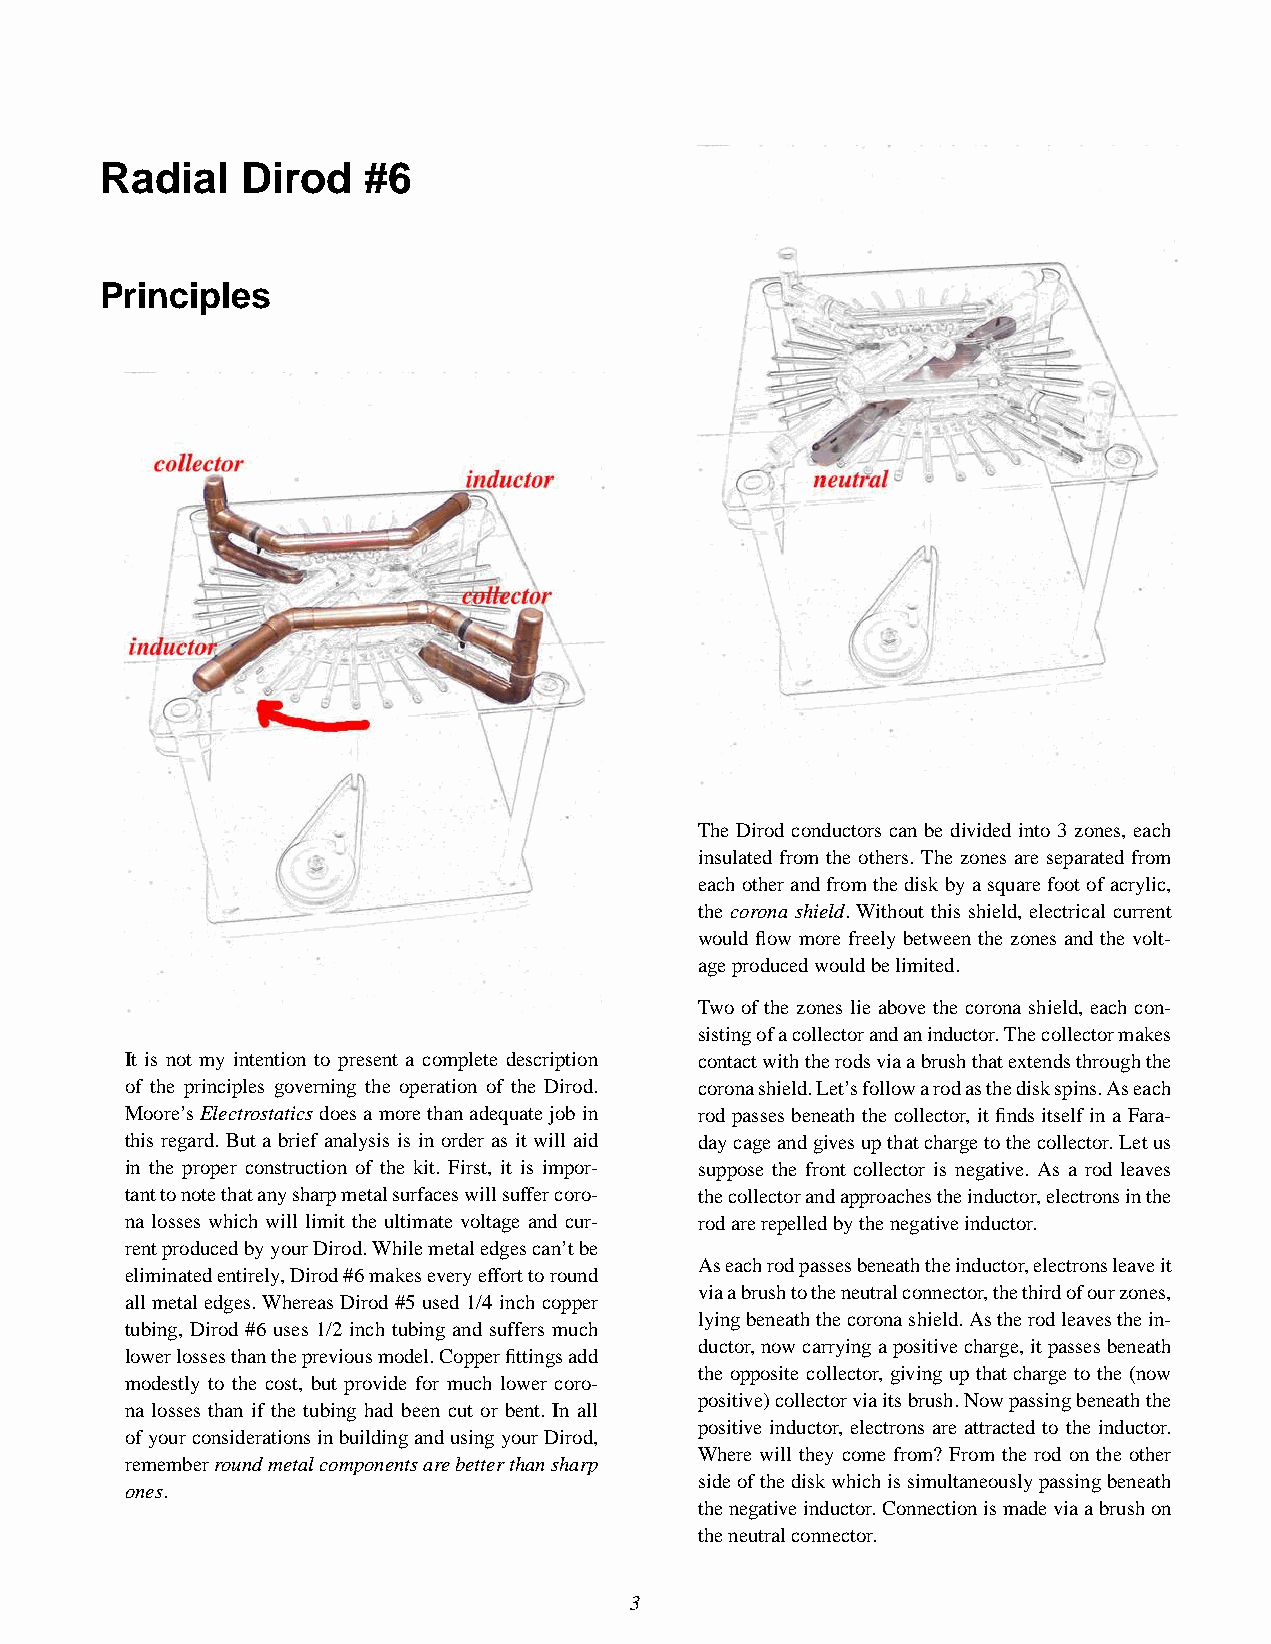
Radial   Dirod   #6
 Principles
 The Dirod conductors can be divided into 3 zones, each
 insulated from the others. The zones are separated from
 eachotherandfromthediskbyasquarefootofacrylic,
 the corona shield. Without this shield, electrical current
 would flow more freely between the zones and the volt-
 ageproducedwouldbelimited.
 Two of the zones lie above the corona shield, each con-
 sistingofacollectorandaninductor.Thecollectormakes
 It is not my intention to present a complete description contactwiththerodsviaabrushthatextendsthroughthe
 of the principles governing the operation of the Dirod. coronashield.Let’sfollowarodasthediskspins.Aseach
 Moore’sElectrostaticsdoesamorethanadequatejobin rod passes beneath the collector, it finds itself in a Fara-
 this regard. But a brief analysis is in order as it will aid daycageandgivesupthatchargetothecollector.Letus
 in the proper construction of the kit. First, it is impor- suppose the front collector is negative. As a rod leaves
 tanttonotethatanysharpmetalsurfaceswillsuffercoro- thecollectorandapproachestheinductor,electronsinthe
 na losses which will limit the ultimate voltage and cur- rodarerepelledbythenegativeinductor.
 rentproducedbyyourDirod.Whilemetaledgescan’tbe
 Aseachrodpassesbeneaththeinductor,electronsleaveit
 eliminatedentirely,Dirod#6makeseveryefforttoround
 viaabrushtotheneutralconnector,thethirdofourzones,
 allmetaledges.WhereasDirod#5used1/4inchcopper
 lyingbeneaththecoronashield.Astherodleavesthein-
 tubing, Dirod #6 uses 1/2 inch tubing and suffers much
 ductor,nowcarryingapositivecharge,itpassesbeneath
 lowerlossesthanthepreviousmodel.Copperfittingsadd
 the opposite collector, giving up that charge to the (now
 modestly to the cost, but provide for much lower coro-
 positive)collectorviaitsbrush.Nowpassingbeneaththe
 na losses than if the tubing had been cut or bent. In all
 positive inductor, electrons are attracted to the inductor.
 ofyourconsiderationsinbuildingandusingyourDirod,
 Where will they come from? From the rod on the other
 rememberroundmetalcomponentsarebetterthansharp
 sideofthediskwhichissimultaneouslypassingbeneath
 ones.
 thenegativeinductor.Connectionismadeviaabrushon
 theneutralconnector.
 3